Vaccination in Bombay 1863-1868 - 1863-1868
Year: 1863
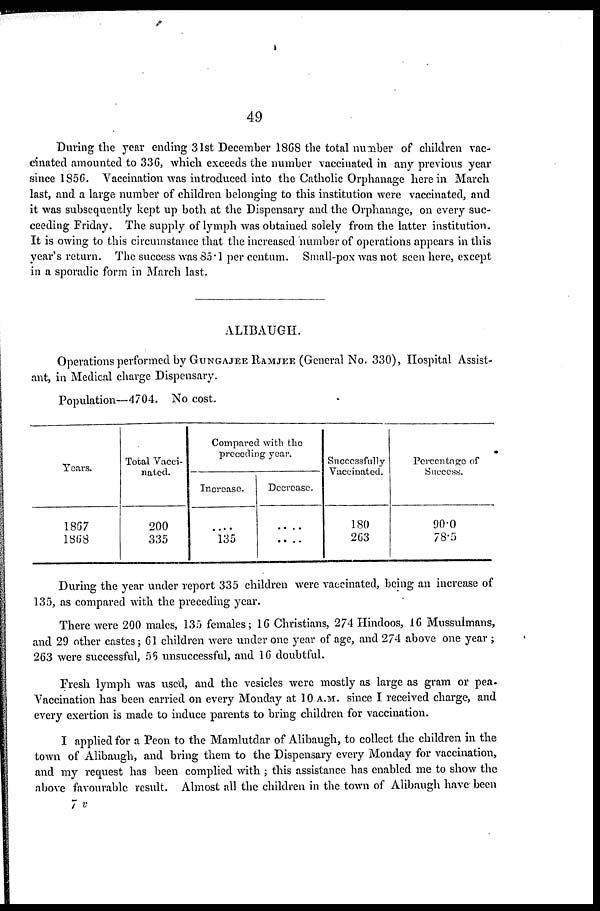
49
During the year ending 31st December 1868 the total number of children vac-
cinated amounted to 336, which exceeds the number vaccinated in any previous year
since 1856. Vaccination was introduced into the Catholic Orphanage here in March
last, and a large number of children belonging to this institution were vaccinated, and
it was subsequently kept up both at the Dispensary and the Orphanage, on every suc-
ceeding Friday. The supply of lymph was obtained solely from the latter institution.
It is owing to this circumstance that the increased number of operations appears in this
year's return. The success was 85.1 per centum. Small-pox was not seen here, except
in a sporadic form in March last.
ALIBAUGH.
Operations performed by GUNGAJEE RAMJEE (General No. 330), Hospital Assist-
ant, in Medical charge Dispensary.
Population—4704. No cost.
Years.
1867
1868
Total Vacci-
nated.
200
335
Compared with the
preceding year.
Increase.
....
135
Decrease.
....
....
Successfully
Vaccinated.
180
263
Percentage of
Success.
90.0
78.5
During the year under report 335 children were vaccinated, being an increase of
135, as compared with the preceding year.
There were 200 males, 135 females; 16 Christians, 274 Hindoos, 16 Mussulmans,
and 29 other castes; 61 children were under one year of age, and 274 above one year ;
263 were successful, 56 unsuccessful, and 16 doubtful.
Fresh lymph was used, and the vesicles were mostly as large as gram or pea.
Vaccination has been carried on every Monday at 10 A.M. since I received charge, and
every exertion is made to induce parents to bring children for vaccination.
I applied for a Peon to the Mamlutdar of Alibaugh, to collect the children in the
town of Alibaugh, and bring them to the Dispensary every Monday for vaccination,
and my request has been complied with ; this assistance has enabled me to show the
above favourable result. Almost all the children in the town of Alibaugh have been
7 v